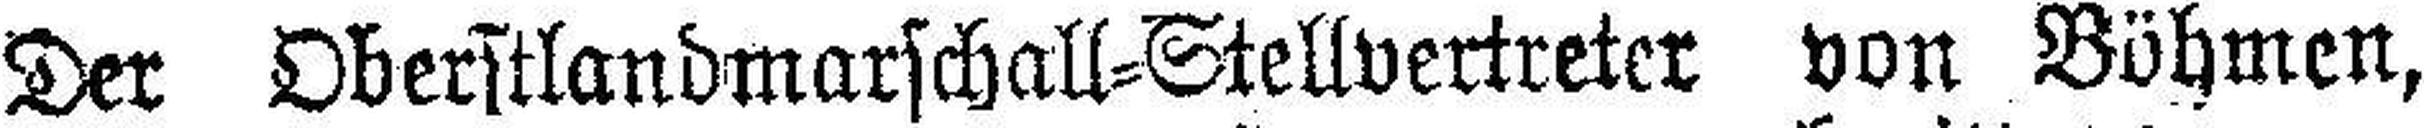
Der Oberstlandmarschall=Stellvertreter von Böhmen,